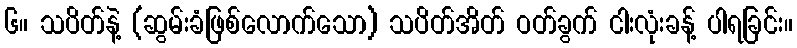
၆။ သပိတ်နဲ့ (ဆွမ်းခံဖြစ်လောက်သော) သပိတ်အိတ် ဝတ်ခွက် ငါးလုံးခန့် ပါရခြင်း။